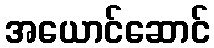
အယောင်ဆောင်